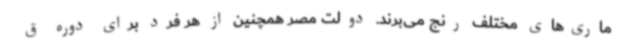
ماری‌های مختلف رنج می‌برند. دولت مصر همچنین از هر فرد برای دوره ق